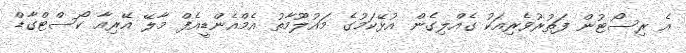
އެ ރިސޯޓުން ފަތުރުވެރިއަކު ގެއްލިގެން އުޅޭކަމުގެ މައުލޫމާތު އެމްއެންޑީއެފް މާލޭ އޭރިއާ ކޯސްޓްގާޑް